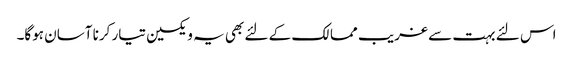
اس لئے بہت سے غریب ممالک کے لئے بھی یہ ویکسین تیار کرنا آسان ہوگا۔